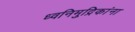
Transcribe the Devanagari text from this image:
ध्वनिमुद्रिकांना